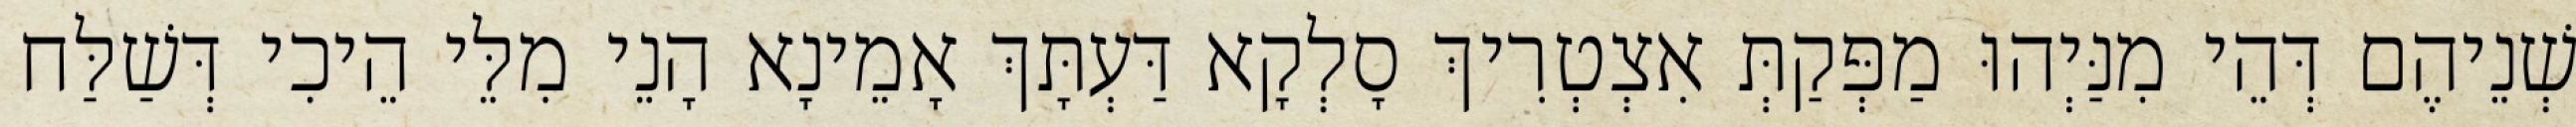
שְׁנֵיהֶם דְּהֵי מִנַּיְהוּ מַפְּקַתְּ אִצְטְרִיךְ סָלְקָא דַּעְתָּךְ אָמֵינָא הָנֵי מִלֵּי הֵיכִי דְּשַׁלַּח